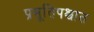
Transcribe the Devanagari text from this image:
प्रसूतिपश्चात